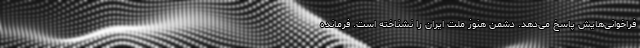
فراخوانی‌هایش پاسخ می‌دهد. دشمن هنوز ملت ایران را نشناخته است. فرمانده